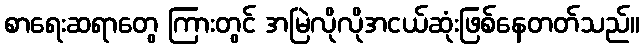
စာရေးဆရာတွေ ကြားတွင် အမြဲလိုလိုအငယ်ဆုံးဖြစ်နေတတ်သည်။